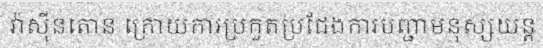
វ៉ាស៊ីនតោន ក្រោយការប្រកួតប្រជែងការបញ្ជាមនុស្សយន្ត